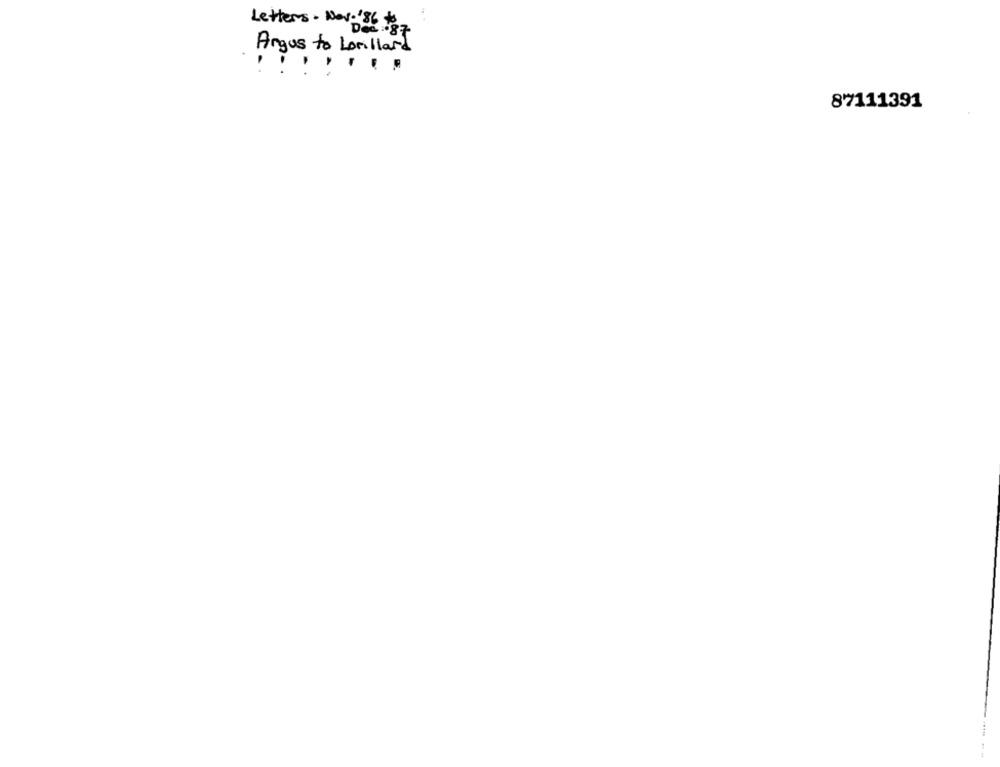
Letters . Nov. '86 #
Des
Angus to Lorillard
87111391